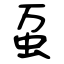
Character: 虿